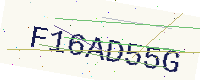
Text: F16AD55G